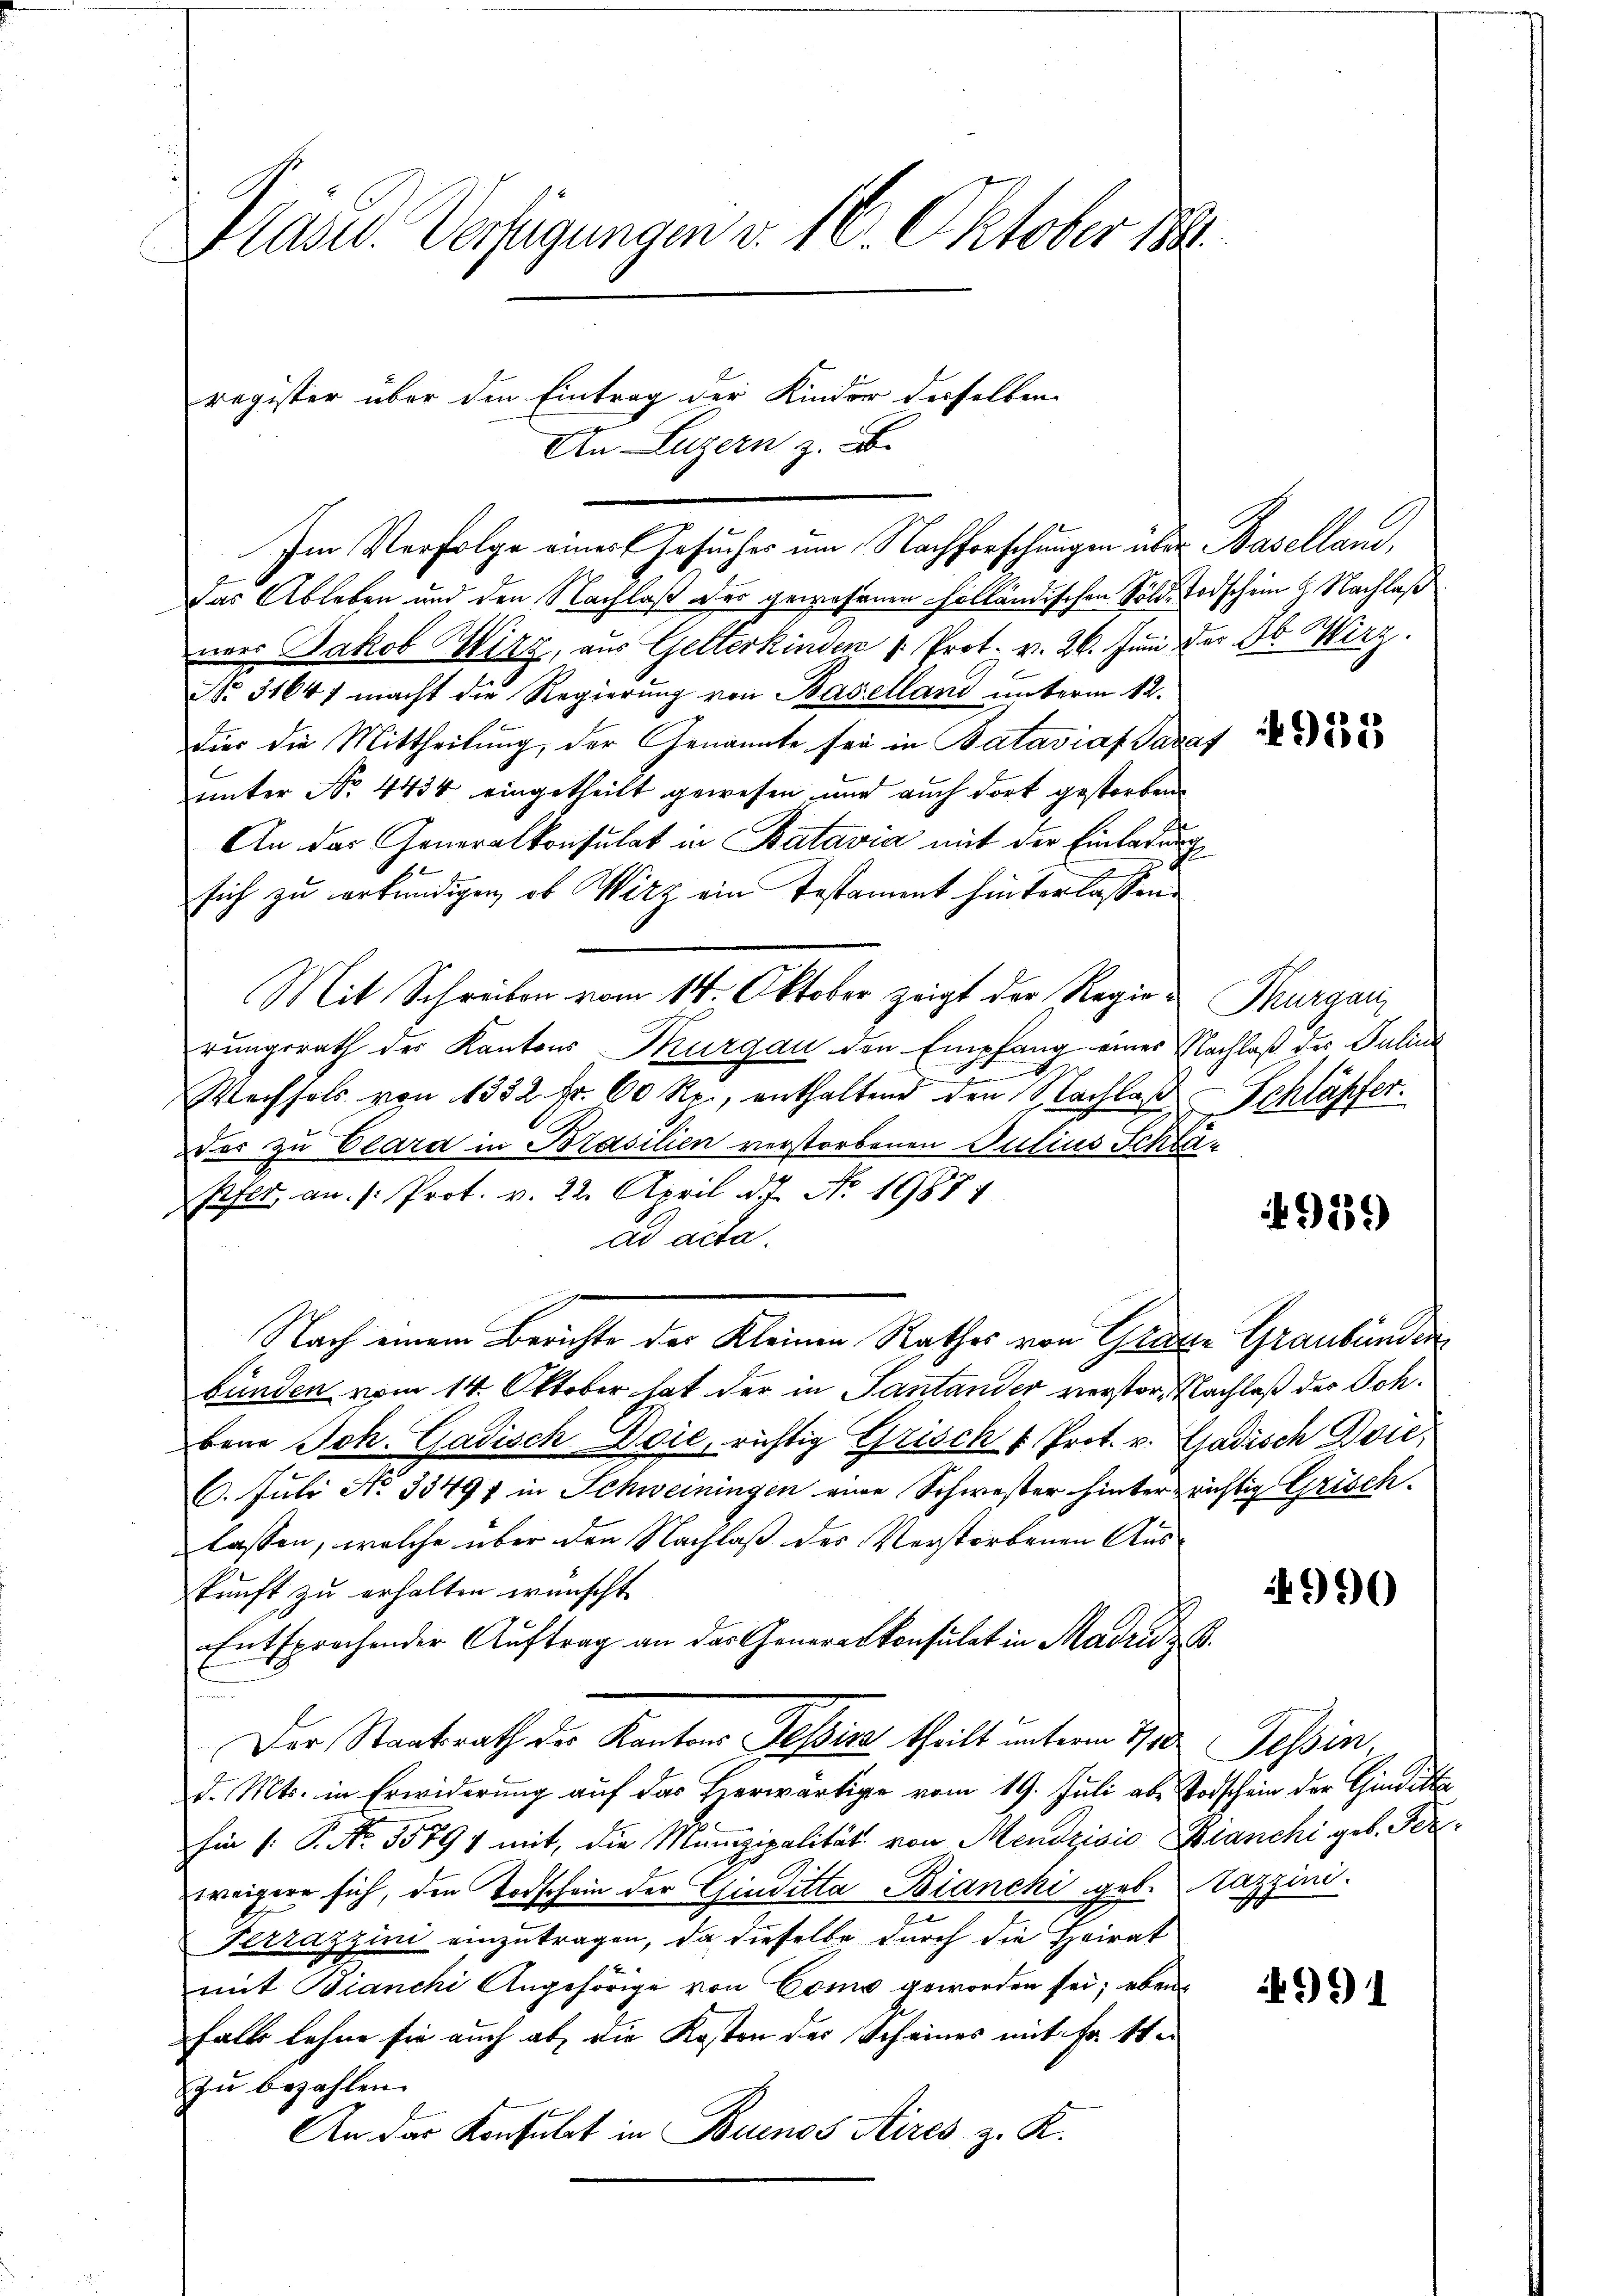
Pläsel. Verfügungen v. 16. Oktober 189

An Luzern z. B.
Das Ableben und den Nachlaß der gewesenen Holländischen Sölde Todschein 2. Nachlaß
ner Jakob Wirz, aus Gelterkinden 1. Prot. v. 26. Juni der Dr. Wirz
No. 31647 macht die Regierŭng von Baselland unterm 12.
fier die Mittheilung der Genannte sei in Bataviaf Parat
unter No. 4434 eingetheilt gewesen und auch dort gestorben
An das Generalkonsulat in Batavia mit der Einladung
6
sich zu erkundigen, ob Witz ein Testammt hinterlassen.
rungsrath der Kantons Thurgau den Empfang eines Nachlaß der Juline
.
Wechsels von 1332 Fr. 60 Rp., enthaltend den Nachlaß Schläpfer.
Der zu Clara in Brasilien verstorbenen Julius Schlä¬
Pehlt an. /: Prot. v. 22. April d. 7. No. 19874
ad acta.
Nach einem Berichte der Kleinen Rathes von Grade Graubünden
bünden vom 14. Oktober hat der in Santander verstor, Nachlaß des Johbene Joh. Gadisch Doie, richtig Grisch u Prot. v. Gadisch Dvić,
6. Juli No 33497 in Schweiningen eine Schwester hinterrichtig Grisch.
lassen, welche über den Nachlaß des Verstorbenen Auskunft zu erhalten wünscht
Entsprochender Auftrag an das Generalkonsulat in Madridz 6.
Der Staatsrath der Kantons Tessine theilt unterm 7ten Tessin,
d. Mts. in Erwiderung auf das Heerwärtige vom 19. Juli aber Todschein der Gindika
Ein /: P. Nr. 35791 mit, die Munizipalität von Menzisio Bianchi geb. Perweigere sich, den Todschein der Giuditta Bianchi geb. Lazzini
Ferrazzini einzutragen, da dieselbe durch die Heirat
mit Bianchi Angehörige von Como geworden sei; ebens
falls Lehne sie auch ab, die Kosten der Scheines mit Fr. 11
zu bezahlen.
An das Konsulat in Buenos Aires z. K.

register über den Eintrag der Kinder derselben

Mit Schreiben vom 14. Oktober zeigt der Regie-Thurgani

Im Verfolge einer Gesuches um Nachforschungen über Baselland,

918

9256)

990

991